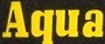
Aqua